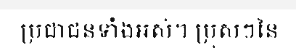
ប្រជាជនទាំងអស់។ ប្រុសៗនៃ